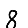
Digit: 8